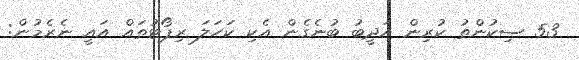
53 ސިކުންތު ކުރިން އަދީބު ބުނެގެން އެކި ކަހަލަ ރިޕޯޓުތައް އައީ ނެރެމުން: